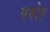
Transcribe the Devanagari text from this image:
पवोन्